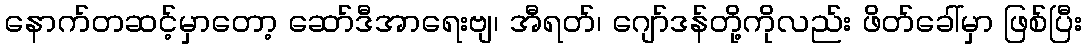
နောက်တဆင့်မှာတော့ ဆော်ဒီအာရေးဗျ၊ အီရတ်၊ ဂျော်ဒန်တို့ကိုလည်း ဖိတ်ခေါ်မှာ ဖြစ်ပြီး